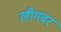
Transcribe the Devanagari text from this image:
लीगवर